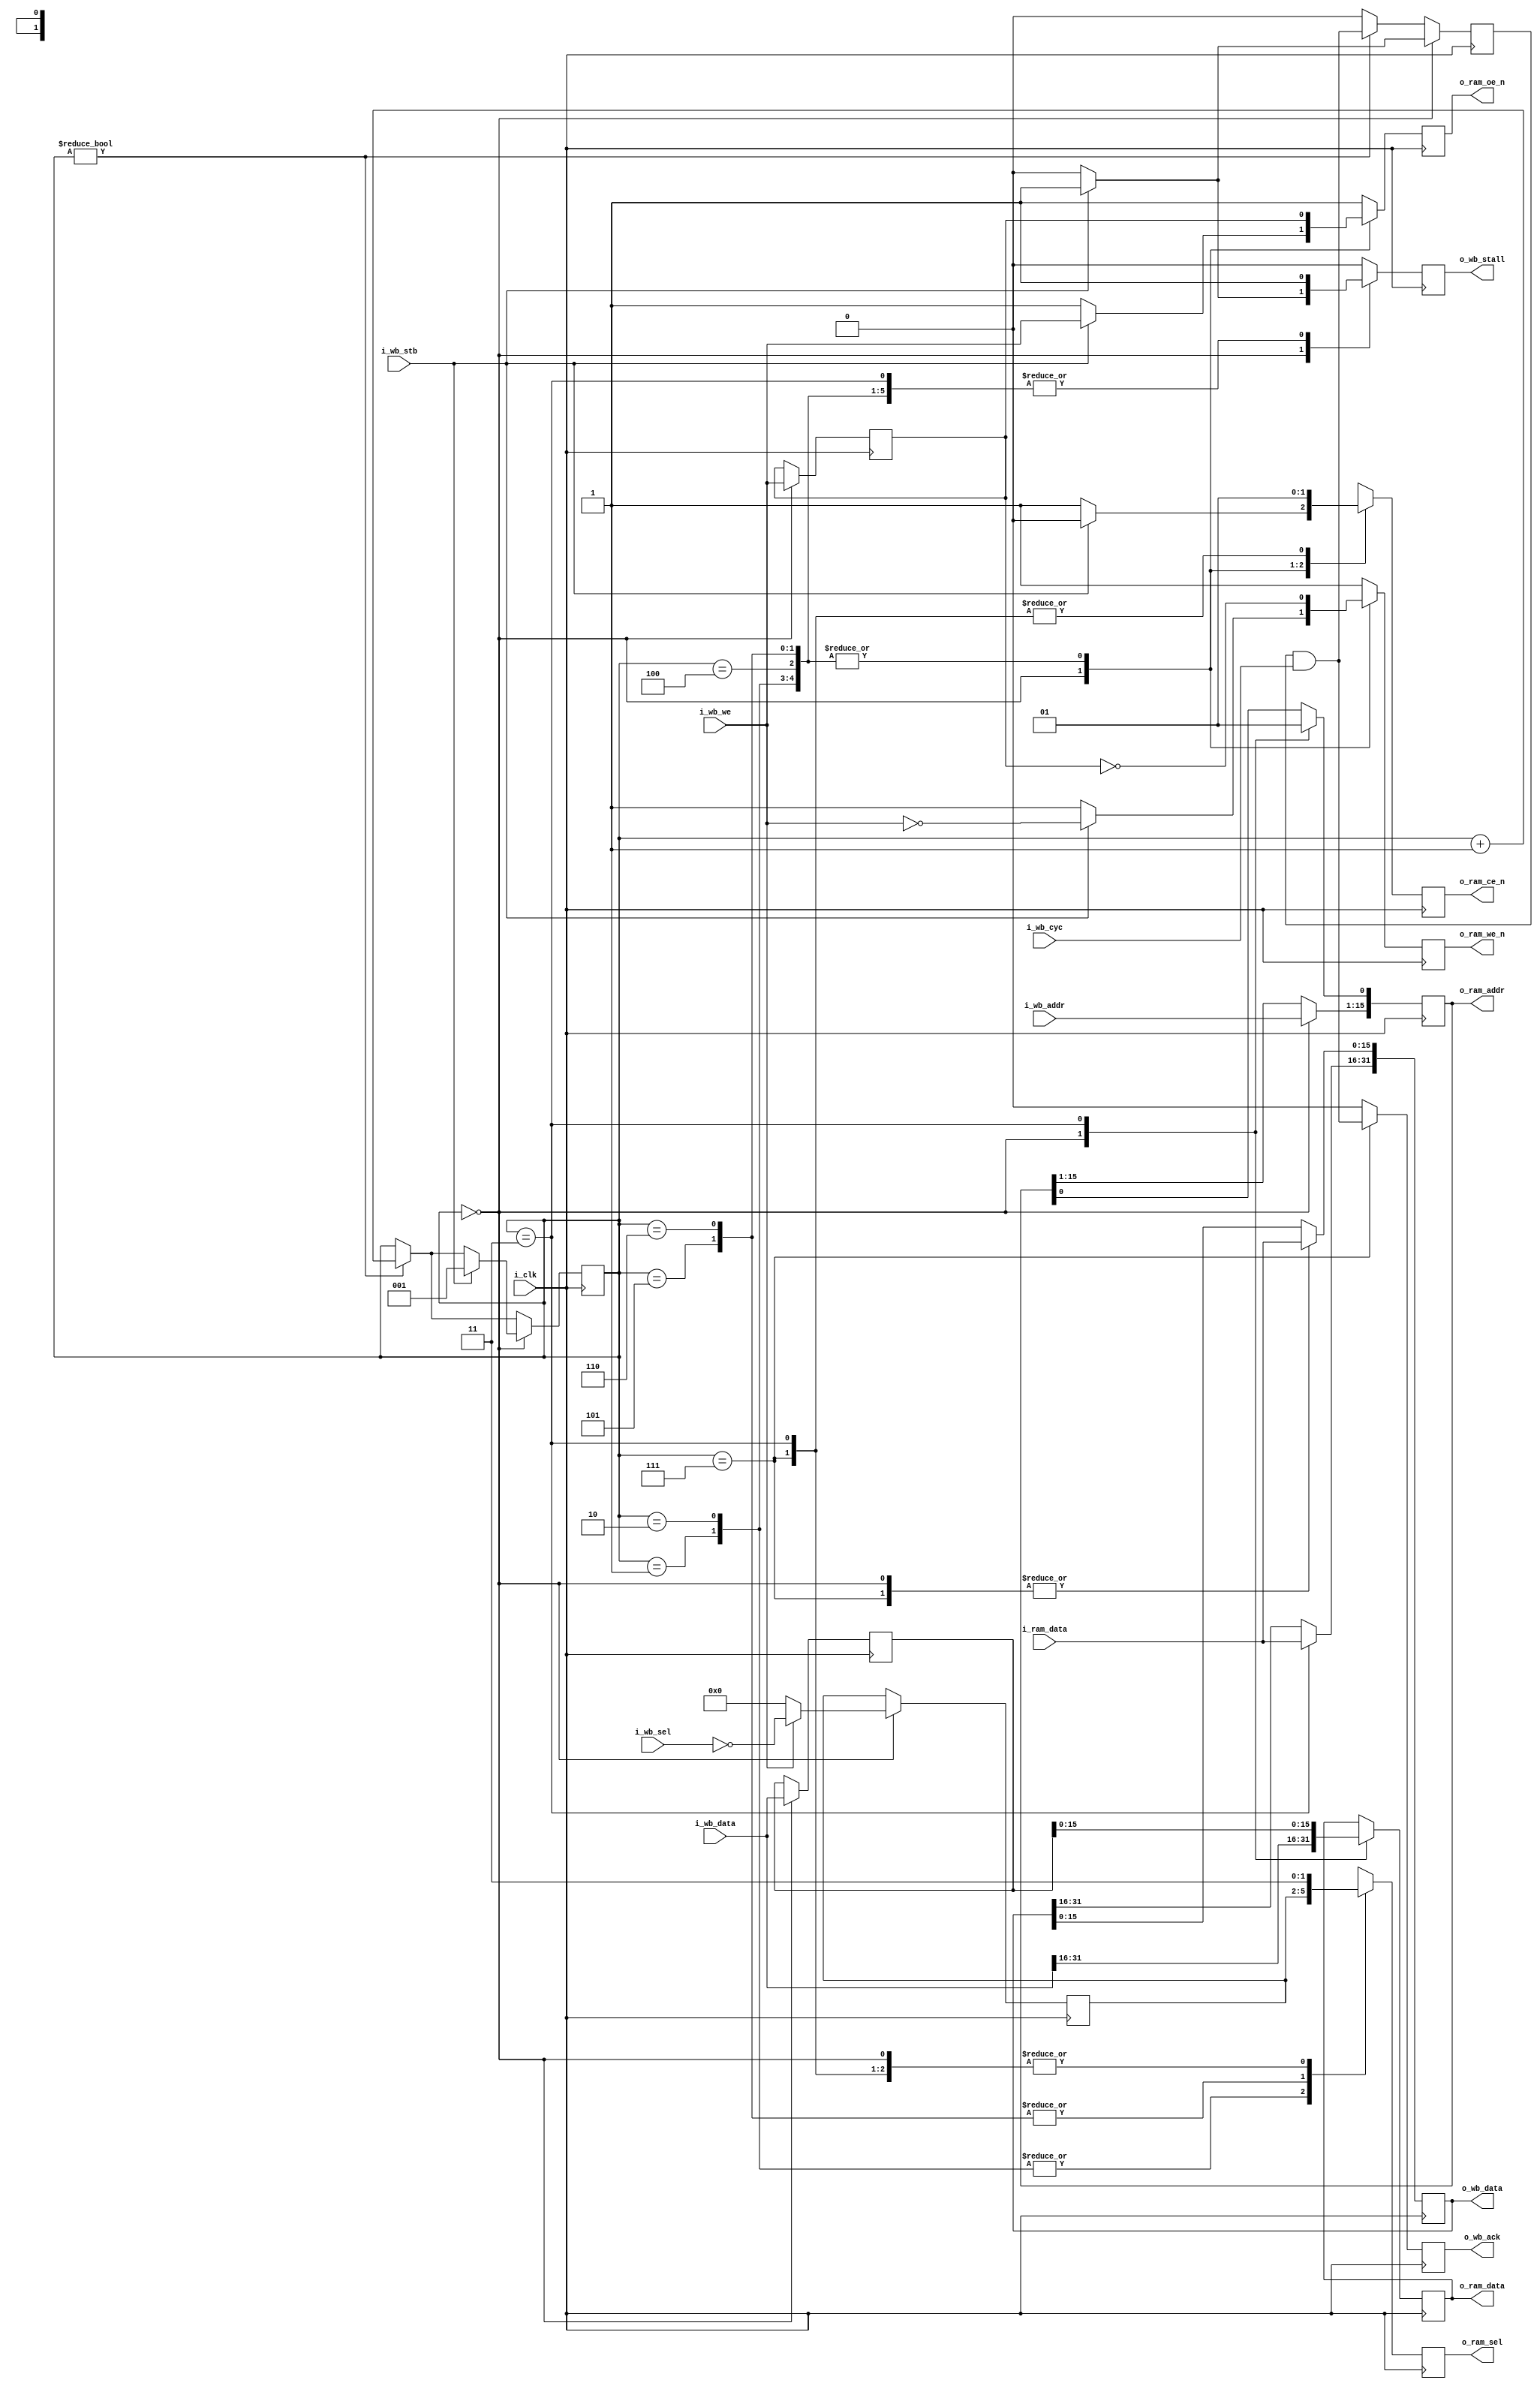
////////////////////////////////////////////////////////////////////////////////
//
// {{{
// Project:	ICO Zip, iCE40 ZipCPU demonstration project
//
// Purpose:	
//
// Creator:	Dan Gisselquist, Ph.D.
//		Gisselquist Technology, LLC
//
////////////////////////////////////////////////////////////////////////////////
// }}}
// Copyright (C) 2015-2021, Gisselquist Technology, LLC
// {{{
// This program is free software (firmware): you can redistribute it and/or
// modify it under the terms of  the GNU General Public License as published
// by the Free Software Foundation, either version 3 of the License, or (at
// your option) any later version.
//
// This program is distributed in the hope that it will be useful, but WITHOUT
// ANY WARRANTY; without even the implied warranty of MERCHANTIBILITY or
// FITNESS FOR A PARTICULAR PURPOSE.  See the GNU General Public License
// for more details.
//
// You should have received a copy of the GNU General Public License along
// with this program.  (It's in the $(ROOT)/doc directory, run make with no
// target there if the PDF file isn't present.)  If not, see
// <http://www.gnu.org/licenses/> for a copy.
// }}}
// License:	GPL, v3, as defined and found on www.gnu.org,
// {{{
//		http://www.gnu.org/licenses/gpl.html
//
////////////////////////////////////////////////////////////////////////////////
//
`default_nettype	none
// }}}
module sramdev #(
		// {{{
		parameter	WBADDR = 15
		// }}}
	) (
		// {{{
		input	wire			i_clk,
		// Wishbone
		//  inputs
		input	wire			i_wb_cyc, i_wb_stb, i_wb_we,
		input	wire	[(WBADDR-1):0]	i_wb_addr,
		input	wire	[31:0]		i_wb_data,
		input	wire	[3:0]		i_wb_sel,
		//  and outputs
		output	reg			o_wb_stall, o_wb_ack,
		output	reg	[31:0]		o_wb_data,
		// RAM control wires
		output	reg			o_ram_ce_n, o_ram_oe_n, o_ram_we_n,
		output	reg	[(WBADDR):0]	o_ram_addr,
		output	reg	[15:0]		o_ram_data,
		output	reg	[1:0]		o_ram_sel,
		input	wire	[15:0]		i_ram_data
		// }}}
	);

	// Local declarations
	// {{{
	reg	[2:0]	ram_state;
	reg	[31:0]	data;
	reg		next_ack;
	reg		write;
	reg	[3:0]	sel;
	// }}}

	initial	ram_state  = 3'b0;
	initial	sel        = 4'hf;
	initial	o_wb_ack   = 1'b0;
	initial	o_wb_stall = 1'b0;
	initial	next_ack   = 1'b0;
	initial	o_ram_ce_n = 1'b1;
	initial	o_ram_oe_n = 1'b1;
	initial	o_ram_we_n = 1'b1;
	initial	o_ram_sel  = 2'b11;
	always @(posedge i_clk)
	begin
		o_ram_ce_n <= 1'b1;
		o_ram_oe_n <= 1'b1;
		o_ram_we_n <= 1'b1;
		o_wb_stall <= 1'b0;
		o_wb_ack   <= 1'b0;
		next_ack   <= 1'b0;

		if (ram_state != 3'b000)
		begin
			ram_state <= ram_state + 1'b1;
			next_ack   <= (next_ack)&&(i_wb_cyc);
		end

		case(ram_state)
		3'b00: begin // Idle state
			// If we just finished a second cycle
			//
			// Complete the last cycle
			o_wb_data[15:0] <= i_ram_data;
			//
			//
			o_ram_addr <= { i_wb_addr, 1'b0 };
			o_ram_sel  <= 2'b11;
			o_ram_ce_n <= 1'b1;
			o_ram_data <= i_wb_data[31:16];
			data       <= i_wb_data[31:0];
			sel        <= (!i_wb_we)? 4'h0 : ~i_wb_sel;
			write      <= i_wb_we;
			next_ack   <= 1'b0;
			if (i_wb_stb)
			begin
				// Start a cycle
				o_ram_ce_n <= 1'b0;
				o_ram_oe_n <=  (i_wb_we);
				o_ram_we_n <= (!i_wb_we);
				//
				ram_state  <= 3'b001;
				//
				next_ack   <= 1'b1;
				o_wb_stall <= 1'b1;
			end end
		3'b001: begin
			o_ram_ce_n <= 1'b0;
			o_ram_oe_n <=  (write);
			o_ram_we_n <= (!write);
			o_ram_sel  <= sel[3:2];
			//
			o_wb_stall <= 1'b1;
			end
		3'b010: begin
			o_ram_ce_n <= 1'b0;
			o_ram_oe_n <=  (write);
			o_ram_we_n <= (!write);
			o_ram_sel  <= sel[3:2];
			//
			o_wb_stall <= 1'b1;
			end
		3'b011: begin
			o_ram_ce_n    <= 1'b1;
			o_ram_oe_n    <= 1'b1;
			o_ram_we_n    <= 1'b1;
			o_ram_sel     <= 2'b11;
			o_ram_data    <= data[15:0];
			o_ram_addr[0] <= 1'b1;
			o_wb_data[31:16] <= i_ram_data;
			//
			o_wb_stall <= 1'b1;
			end
		3'b100: begin
			o_ram_ce_n <= 1'b0;
			o_ram_oe_n <=  (write);
			o_ram_we_n <= (!write);
			o_ram_sel  <= 2'b11;
			//
			o_wb_stall <= 1'b1;
			end
		3'b101: begin
			o_ram_ce_n <= 1'b0;
			o_ram_oe_n <=  (write);
			o_ram_we_n <= (!write);
			o_ram_sel  <= sel[1:0];
			//
			o_wb_stall <= 1'b1;
			end
		3'b110: begin
			o_ram_ce_n <= 1'b0;
			o_ram_oe_n <=  (write);
			o_ram_we_n <= (!write);
			o_ram_sel  <= sel[1:0];
			//
			o_wb_stall <= 1'b1;
			end
		3'b111: begin
			o_ram_ce_n <= 1'b1;
			o_ram_oe_n <= 1'b1;
			o_ram_we_n <= 1'b1;
			o_ram_sel  <= 2'b11;
			o_wb_data[15:0] <= i_ram_data;
			//
			o_wb_stall <= 1'b0;
			o_wb_ack  <= (next_ack)&&(i_wb_cyc);
			end
		endcase
	end

	// Verilator lint_off UNUSED
	wire	unused;
	assign	unused = &{ 1'b0, data[31:16] };
	// Verilator lint_on  UNUSED
`ifdef	FORMAL
	reg	f_past_valid, f_reset;
	initial	f_past_valid = 1'b0;
	always @(posedge i_clk)
		f_past_valid <= 1'b1;
	always @(*)
		f_reset = !f_past_valid;

	parameter	F_LGDEPTH = 3;
	wire	[F_LGDEPTH-1:0]	f_nreqs, f_nacks, f_outstanding;

	fwb_slave #(
		.AW(WBADDR),.DW(32),.F_MAX_STALL(6),.F_MAX_ACK_DELAY(6),
			.F_LGDEPTH(F_LGDEPTH),.F_MAX_REQUESTS(2)
		) fwb(i_clk, f_reset,
		i_wb_cyc, i_wb_stb, i_wb_we, i_wb_addr, i_wb_data, i_wb_sel,
			o_wb_ack, o_wb_stall, o_wb_data, 1'b0,
		f_nreqs, f_nacks, f_outstanding);

	always @(posedge i_clk)
		cover((i_wb_cyc)&&(o_wb_ack)&&(!$past(write)));

	always @(posedge i_clk)
		cover((i_wb_cyc)&&(o_wb_ack)&&($past(write)));

	always @(posedge i_clk)
	if ((f_past_valid)&&($past((!next_ack)||(!i_wb_cyc))))
		assert(!o_wb_ack);

	always @(*)
		assert(o_wb_stall == (ram_state!=0));

	always @(posedge i_clk)
	if (o_ram_ce_n)
	begin
		assert(o_ram_oe_n);
		assert(o_ram_we_n);
		assert(o_ram_sel == 2'b11);
		assert(ram_state[1:0] == 2'b00);
		assert(o_wb_stall == ram_state[2]);
	end else begin
		assert(ram_state[1:0] != 2'b00);
		assert(o_ram_oe_n == !o_ram_we_n);
		assert(write == !o_ram_we_n);

		if (ram_state[1:0] == 2'b01)
			assert(o_ram_sel == 2'b11);
		assert(o_wb_stall);
		assert(!o_wb_stall);
	end

	always @(*)
	if (!o_ram_ce_n)
		assert(o_ram_we_n != o_ram_oe_n);

	always @(posedge i_clk)
	if (($past(o_ram_ce_n))||($past(o_ram_ce_n,2)))
		assert(!o_wb_ack);
	always @(posedge i_clk)
	if (o_wb_ack)
	begin
		assert(o_wb_data[15:0] == $past(i_ram_data));
		assert(o_wb_data[31:16] == $past(i_ram_data,2));
	end

	(* anyconst *)	reg	[15:0]	f_addr;
			reg	[15:0]	f_data;

	always @(posedge i_clk)
	if ((f_past_valid)&&(!o_ram_ce_n)&&(!o_we_n)&&(o_ram_addr == f_addr)
			&&($stable(o_ram_data))&&($stable(o_ram_addr)))
	begin
		if (!o_ram_sel[1])
			f_data[15:8] <= o_ram_data[15:8];
		if (!o_ram_sel[0])
			f_data[7:0] <= o_ram_data[7:0];
	end

	always @(*)
	case(ram_state)
	3'b000: begin
		assert(!o_wb_stall);
		end
	3'b001: begin
		assert(o_wb_stall);
		assert(!o_wb_ack);
		//
		assert(!o_ram_ce_n);
		assert(o_ram_we_n == !o_ram_oe_n);
		assert(o_ram_sel == 2'b11);
		assert(o_addr[0] == 1'b0);
		end
	3'b010: begin
		assert(o_wb_stall);
		assert(!o_wb_ack);
		//
		assert(!o_ram_ce_n);
		assert(o_ram_we_n == !o_ram_oe_n);
		assert(o_ram_oe_n == write);
		assert(o_addr[0] == 1'b0);
		end
	3'b011: begin
		assert(o_wb_stall);
		assert(!o_wb_ack);
		//
		assert(!o_ram_ce_n);
		assert(o_ram_we_n == !o_ram_oe_n);
		assert(o_ram_oe_n == write);
		assert(o_addr[0] == 1'b0);
		end
	3'b100: begin
		assert(o_wb_stall);
		assert(!o_wb_ack);
		//
		assert(o_ram_ce_n);
		assert(o_ram_we_n);
		assert(o_ram_oe_n);
		assert(o_ram_sel == 2'b11);
		end
	3'b101: begin
		assert(o_wb_stall);
		assert(!o_wb_ack);
		//
		assert(!o_ram_ce_n);
		assert(o_ram_we_n == !o_ram_oe_n);
		assert(o_ram_oe_n == write);
		assert(o_ram_sel == 2'b11);
		assert(o_addr[0] == 1'b1);
		end
	3'b110: begin
		assert(o_wb_stall);
		assert(!o_wb_ack);
		//
		assert(!o_ram_ce_n);
		assert(o_ram_we_n == !o_ram_oe_n);
		assert(o_ram_oe_n == write);
		assert(o_addr[0] == 1'b1);
		end
	3'b111: begin
		assert(o_wb_stall);
		assert(!o_wb_ack);
		//
		assert(!o_ram_ce_n);
		assert(o_ram_we_n == !o_ram_oe_n);
		assert(o_ram_oe_n == write);
		assert(o_addr[0] == 1'b1);
		end
	endcase

`endif
`ifdef	VERIFIC
	reg	[31:0]	f_tx_data;
	always @(posedge i_clk)
	if (!o_wb_stall)
		f_tx_data <= i_wb_data;

	assert property (@(posedge i_clk)
		(i_wb_stb)&&(!o_wb_stall)
		|=> (ram_state==3'b001)&&(!o_ram_ce_n)
			&&(o_wb_stall)&&(!o_wb_ack)&&(write == !$past(i_wb_we))
			&&(f_tx_data == $past(f_tx_data))
			&&((!write)||(sel == 4'h0))
			&&((write)||(sel == ~$past(i_wb_sel)))
			&&(o_ram_sel  == 2'b11)
			&&(o_ram_we_n == !write)
			&&(o_ram_oe_n ==  write)
		##1 (ram_state==3'b010)&&(!o_ram_ce_n)
			&&(o_wb_stall)&&(!o_wb_ack)&&($stable(write))
			&&((!write)||(sel == 4'h0))&&($stable(sel))
			&&($stable(f_tx_data))&&(o_ram_data == f_tx_data[31:16])
			&&(o_ram_sel  == sel[3:2])
			&&(o_ram_we_n == !write)
			&&(o_ram_oe_n ==  write)
		##1 (ram_state==3'b011)&&(!o_ram_ce_n)
			&&(o_wb_stall)&&(!o_wb_ack)&&($stable(write))
			&&((!write)||(sel == 4'h0))&&($stable(sel))
			&&($stable(f_tx_data))&&(o_ram_data == f_tx_data[31:16])
			&&(o_ram_sel  == sel[3:2])
			&&(o_ram_we_n == !write)
			&&(o_ram_oe_n ==  write)
		##1 (ram_state==3'b100)&&(o_ram_ce_n)
			&&(o_wb_stall)&&(!o_wb_ack)&&($stable(write))
			&&((!write)||(sel == 4'h0))&&($stable(sel))
			&&(o_ram_sel  == 2'b11)
			&&(o_ram_we_n == 1'b1)
			&&(o_ram_oe_n == 1'b1)
		##1 (ram_state==3'b101)&&(!o_ram_ce_n)
			&&(o_wb_stall)&&(!o_wb_ack)&&($stable(i_wb_we))
			&&((!write)||(sel == 4'h0))&&($stable(sel))
			&&(o_ram_sel  == 2'b11)
			&&(o_ram_we_n == !write)
			&&(o_ram_oe_n ==  write)
		##1 (ram_state==3'b110)&&(!o_ram_ce_n)
			&&(o_wb_stall)&&(!o_wb_ack)&&($stable(write))
			&&((!write)||(sel == 4'h0))
			&&(o_ram_sel  == sel[1:0])
			&&($stable(f_tx_data))&&(o_ram_data == f_tx_data[15:0])
			&&(o_ram_we_n == !write)
			&&(o_ram_oe_n ==  write)
		##1 (ram_state==3'b111)&&(!o_ram_ce_n)
			&&(o_wb_stall)&&(!o_wb_ack)&&($stable(write))
			&&((!write)||(sel == 4'h0))
			&&($stable(f_tx_data))&&(o_ram_data == f_tx_data[15:0])
			&&(o_ram_sel  == sel[1:0])
			&&(o_ram_we_n == !write)
			&&(o_ram_oe_n ==  write)
		##1 (ram_state==3'b000)&&(o_ram_ce_n)
			&&(!o_wb_stall)
			&&(o_ram_sel  == 2'b11)
			&&(o_ram_we_n == 1'b1)
			&&(o_ram_oe_n == 1'b1));

	assert property (@(posedge i_clk)
		disable iff (!i_wb_cyc)
		(i_wb_stb)&&(!o_wb_stall)
		|=> (next_ack)&&(!o_wb_ack) [7] ##1 o_wb_ack);

	assert property (@(posedge i_clk)
		disable iff (!i_wb_cyc)
		(i_wb_stb)&&(!o_wb_stall)
		##3 (i_ram_data == f_data)
		##4 |=> (o_wb_ack)&&(o_wb_data[31:16] == f_data));

	assert property (@(posedge i_clk)
		disable iff (!i_wb_cyc)
		(i_wb_stb)&&(!o_wb_stall)
		##7 (i_ram_data == f_data)
		|=> (o_wb_ack)&&(o_wb_data[15:0] == f_data));
`endif
endmodule